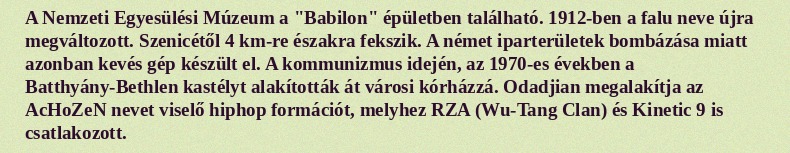
A Nemzeti Egyesülési Múzeum a "Babilon" épületben található. 1912-ben a falu neve újra megváltozott. Szenicétől 4 km-re északra fekszik. A német iparterületek bombázása miatt azonban kevés gép készült el. A kommunizmus idején, az 1970-es években a Batthyány-Bethlen kastélyt alakították át városi kórházzá. Odadjian megalakítja az AcHoZeN nevet viselő hiphop formációt, melyhez RZA (Wu-Tang Clan) és Kinetic 9 is csatlakozott.